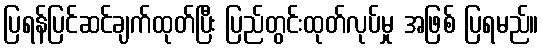
ပြရန်ပြင်ဆင်ချက်ထုတ်ပြီး ပြည်တွင်းထုတ်လုပ်မှု အဖြစ် ပြရမည်။